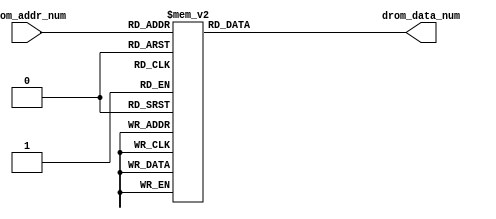
`timescale 1ns / 1ps
//////////////////////////////////////////////////////////////////////////////////
// Company: 
// Engineer: 
// 
// Design Name: 
// Module Name: font_pong
// Project Name: 
// Target Devices: 
// Tool Versions: 
// Description: 
// 
// Dependencies: 
// 
// Revision:
// Revision 0.01 - File Created
// Additional Comments:
// 
//////////////////////////////////////////////////////////////////////////////////


module word_pong(
    input [4:0] drom_addr_num,
    output reg [0:127] drom_data_num
);

always @(*)
    begin
	    case (drom_addr_num)
            0:drom_data_num = 128'b01111111111111111111111111110000000011111111111111111111111100000000111111111111111111111111000000001111111111111111111111111110;
            1:drom_data_num = 128'b01000000000000000000000000001000000100000000000000000000000010000001000000000000000000000000100000010000000000000000000000000000;
            2:drom_data_num = 128'b01000000000000000000000000000100001000000000000000000000000001000010000000000000000000000000010000100000000000000000000000000000;
            3:drom_data_num = 128'b01000000000000000000000000000010010000000000000000000000000000100100000000000000000000000000001001000000000000000000000000000000;
            4:drom_data_num = 128'b01000000000000000000000000000010010000000000000000000000000000100100000000000000000000000000001001000000000000000000000000000000;
            5:drom_data_num = 128'b01000000000000000000000000000010010000000000000000000000000000100100000000000000000000000000001001000000000000000000000000000000;
            6:drom_data_num = 128'b01000000000000000000000000000010010000000000000000000000000000100100000000000000000000000000001001000000000000000000000000000000;
            7:drom_data_num = 128'b01000000000000000000000000000010010000000000000000000000000000100100000000000000000000000000001001000000000000000000000000000000;
            8:drom_data_num = 128'b01000000000000000000000000000010010000000000000000000000000000100100000000000000000000000000001001000000000000000000000000000000;
            9:drom_data_num = 128'b01000000000000000000000000000010010000000000000000000000000000100100000000000000000000000000001001000000000000000000000000000000;
           10:drom_data_num = 128'b01000000000000000000000000000010010000000000000000000000000000100100000000000000000000000000001001000000000000000000000000000000;
           11:drom_data_num = 128'b01000000000000000000000000000010010000000000000000000000000000100100000000000000000000000000001001000000000000000000000000000000;
           12:drom_data_num = 128'b01000000000000000000000000000100010000000000000000000000000000100100000000000000000000000000001001000000000000000000000000000000;
           13:drom_data_num = 128'b01000000000000000000000000001000010000000000000000000000000000100100000000000000000000000000001001000000000000000000000000000000;
           14:drom_data_num = 128'b01011111111111111111111111110000010000000000000000000000000000100100000000000000000000000000001001000011111111111111111111110000;
           15:drom_data_num = 128'b01000000000000000000000000000000010000000000000000000000000000100100000000000000000000000000001001000000000000000000000000001000;
           16:drom_data_num = 128'b01000000000000000000000000000000010000000000000000000000000000100100000000000000000000000000001001000000000000000000000000000100;
           17:drom_data_num = 128'b01000000000000000000000000000000010000000000000000000000000000100100000000000000000000000000001001000000000000000000000000000010;
           18:drom_data_num = 128'b01000000000000000000000000000000010000000000000000000000000000100100000000000000000000000000001001000000000000000000000000000010;
           19:drom_data_num = 128'b01000000000000000000000000000000010000000000000000000000000000100100000000000000000000000000001001000000000000000000000000000010;
           20:drom_data_num = 128'b01000000000000000000000000000000010000000000000000000000000000100100000000000000000000000000001001000000000000000000000000000010;
           21:drom_data_num = 128'b01000000000000000000000000000000010000000000000000000000000000100100000000000000000000000000001001000000000000000000000000000010;
           22:drom_data_num = 128'b01000000000000000000000000000000010000000000000000000000000000100100000000000000000000000000001001000000000000000000000000000010;
           23:drom_data_num = 128'b01000000000000000000000000000000010000000000000000000000000000100100000000000000000000000000001001000000000000000000000000000010;
           24:drom_data_num = 128'b01000000000000000000000000000000010000000000000000000000000000100100000000000000000000000000001001000000000000000000000000000010;
           25:drom_data_num = 128'b01000000000000000000000000000000010000000000000000000000000000100100000000000000000000000000001001000000000000000000000000000010;
           26:drom_data_num = 128'b01000000000000000000000000000000010000000000000000000000000000100100000000000000000000000000001001000000000000000000000000000010;
           27:drom_data_num = 128'b01000000000000000000000000000000010000000000000000000000000000100100000000000000000000000000001001000000000000000000000000000010;
           28:drom_data_num = 128'b01000000000000000000000000000000010000000000000000000000000000100100000000000000000000000000001001000000000000000000000000000010;
           29:drom_data_num = 128'b01000000000000000000000000000000001000000000000000000000000001000100000000000000000000000000001000100000000000000000000000000100;
           30:drom_data_num = 128'b01000000000000000000000000000000000100000000000000000000000010000100000000000000000000000000001000010000000000000000000000001000;
           31:drom_data_num = 128'b01000000000000000000000000000000000011111111111111111111111100000100000000000000000000000000001000001111111111111111111111110000;
        endcase
    end

endmodule